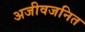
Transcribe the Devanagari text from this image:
अजीवजनित